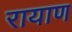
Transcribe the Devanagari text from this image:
रायाण